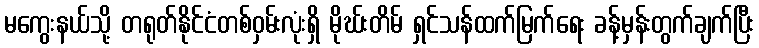
မကွေးနယ်သို့ တရုတ်နိုင်ငံတစ်ဝှမ်းလုံးရှိ မိုဃ်းတိမ် ရှင်သန်ထက်မြက်ရေး ခန့်မှန်းတွက်ချက်ပြီး